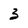
Character: 3